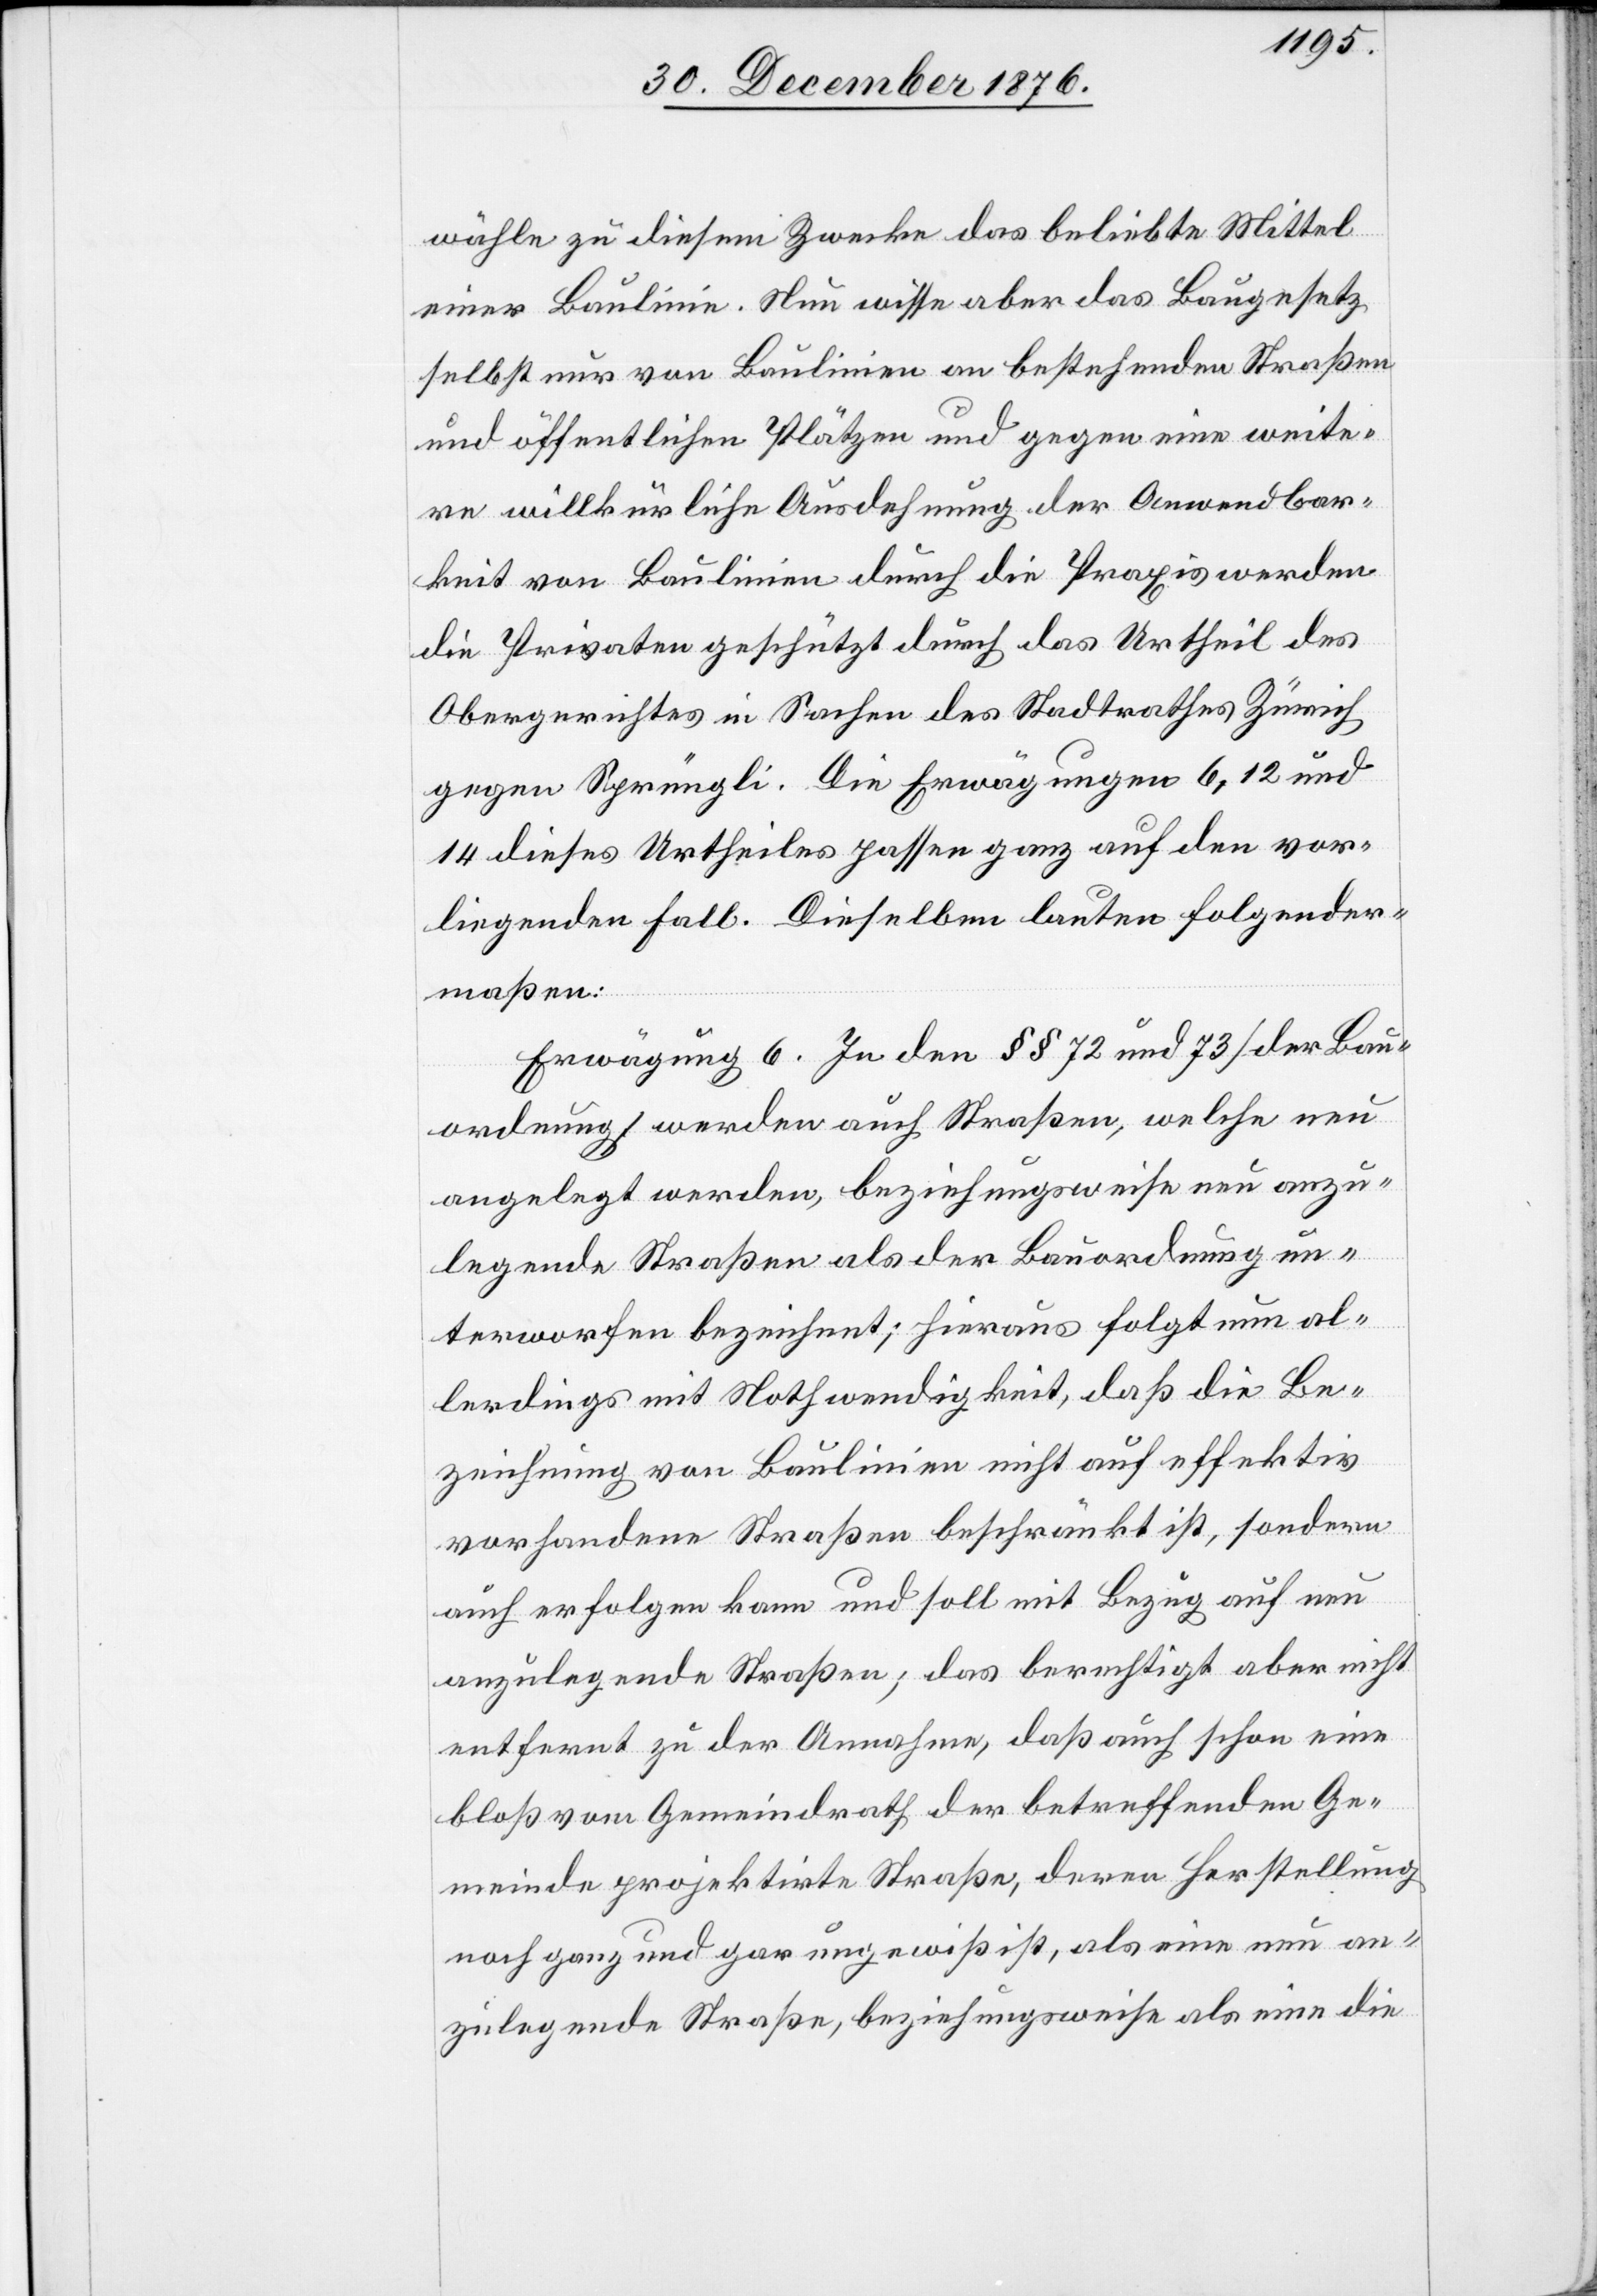
wähle zu diesem Zwecke das beliebte Mittel
einer Baulinie. Neu wisse aber das Baugesetz
selbst nur von Baulinien an bestehenden Straßen
und öffentlichen Plätzen und gegen eine weite¬
re willkürliche Ausdehnung der Anwendbar¬
keit von Baulinien durch die Praxis werden
die Privaten geschützt durch das Urtheil des
Obergerichtes in Sachen des Stadtrathes Zürich
gegen Sprüngli. Die Erwägungen 6, 12 und
14 dieses Urtheiles passen ganz auf den vor¬
liegenden Fall. Dieselben lauten folgender¬
maßen:
Erwägung 6. In den §§ 72 und 73 [der Bau¬
ordnung] werden auch Straßen, welche neu
angelegt werden, beziehungsweise neu anzu¬
legende Straßen als der Bauordnung un¬
terworfen bezeichnet; hieraus folgt nun al¬
lerdings mit Nothwendigkeit, daß die Be¬
zeichnung von Baulinien nicht auf effektiv
vorhandene Straßen beschränkt ist, sondern
auch erfolgen kann und soll mit Bezug auf neu
anzulegende Straßen; das berechtigt aber nicht
entfernt zu der Annahme, daß auch schon eine
bloß vom Gemeindrath der betreffenden Ge¬
meinde projektirte Straße, deren Herstellung
noch ganz und gar ungewiß ist, als eine neu an¬
zulegende Straße, beziehungsweise als eine die